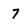
Character: 7